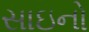
સાઇનો